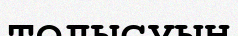
толысуын